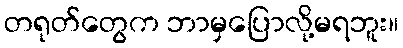
တရုတ်တွေက ဘာမှပြောလို့မရဘူး။